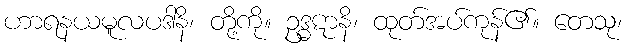
ဟာရနယမူလပဒါနိ၊ တို့ကို။ ဥဒ္ဓဋာနိ၊ ထုတ်အပ်ကုန်၏။ တေသု၊